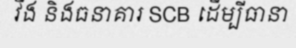
វីង និងធនាគារ SCB ដើម្បីធានា